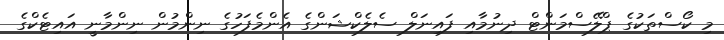
މި ކޯސްތަކުގެ ޕްލޭސްމަންޓް ދިނުމާއި ފައިނަލް ސެލެކްޝަންގެ އެންމެފަހުގެ ނިންމުން ނިންމާނީ އައިޓެކްގެ